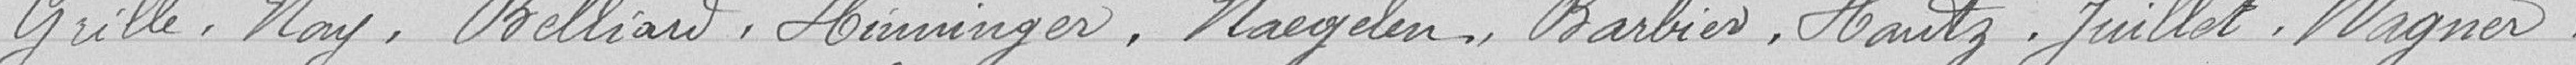
Grille, Noy, Belliard, Himminger, Naegelen, Barbier, Hautz, Juillet, Wagner.